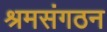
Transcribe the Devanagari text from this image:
श्रमसंगठन